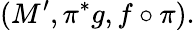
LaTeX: (M^{\prime},\pi^{\ast}g,f\circ\pi).